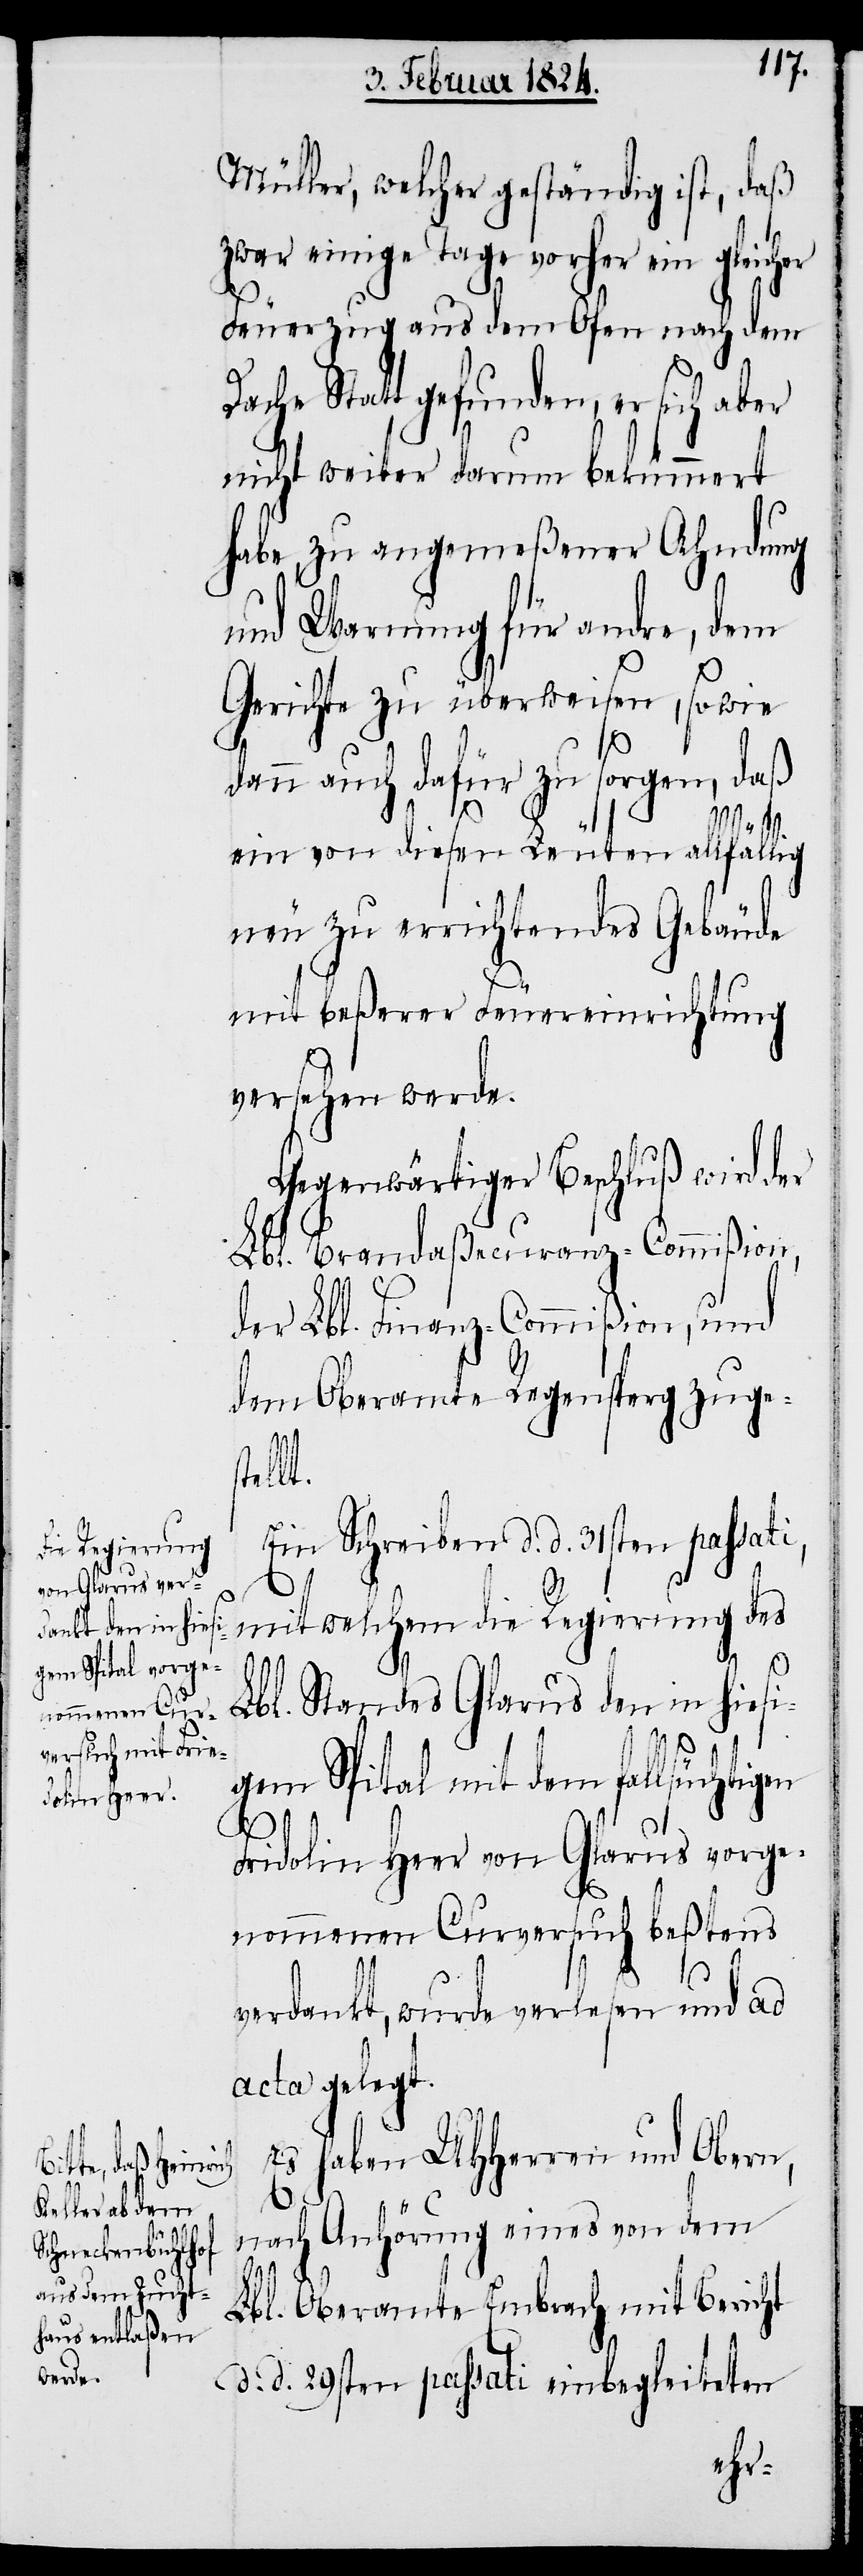
Müller, welcher geständig ist, daß
zwar einige Tage vorher ein gleich¬
Feuerzug aus dem Ofen nach dem
Dache Statt gefunden, er sich aber
nicht weiter darum bekümmert
habe, zu angemeßener Ahndung
und Warnung für andre, dem
Gerichte zu überweisen, sowie
dann auch dafür zu sorgen, daß
ein von diesen Leuten allfällig
neu zu errichtendes Gebäude
mit beßerer Feuereinrichtung
versehen werde.
Gegenwärtiger Beschluß wird der
Lbl. Brandaßecuranz-Commißion,
der Lbl. Finanz-Commißion, und
dem Oberamte Regensperg zuges¬
tellt.
Ein Schreiben d. d. 31sten passati,
mit welchem die Regierung des
er
Lbl. Standes Glarus den in hiesi¬
gem Spital mit dem fallsüchtigen
Fridolin Heer von Glarus vorge¬
nommenen Curversuch beßtens
verdankt, wurde verlesen und ad
acta gelegt.
Es haben UHHerren und Obern,
nach Anhörung eines von dem
Lbl. Oberamte Embrach mit Bericht
d. d. 29sten passati einbegleiteten